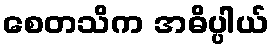
စေတသိက အဓိပ္ပါယ်